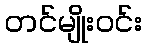
တင်မျိုးဝင်း